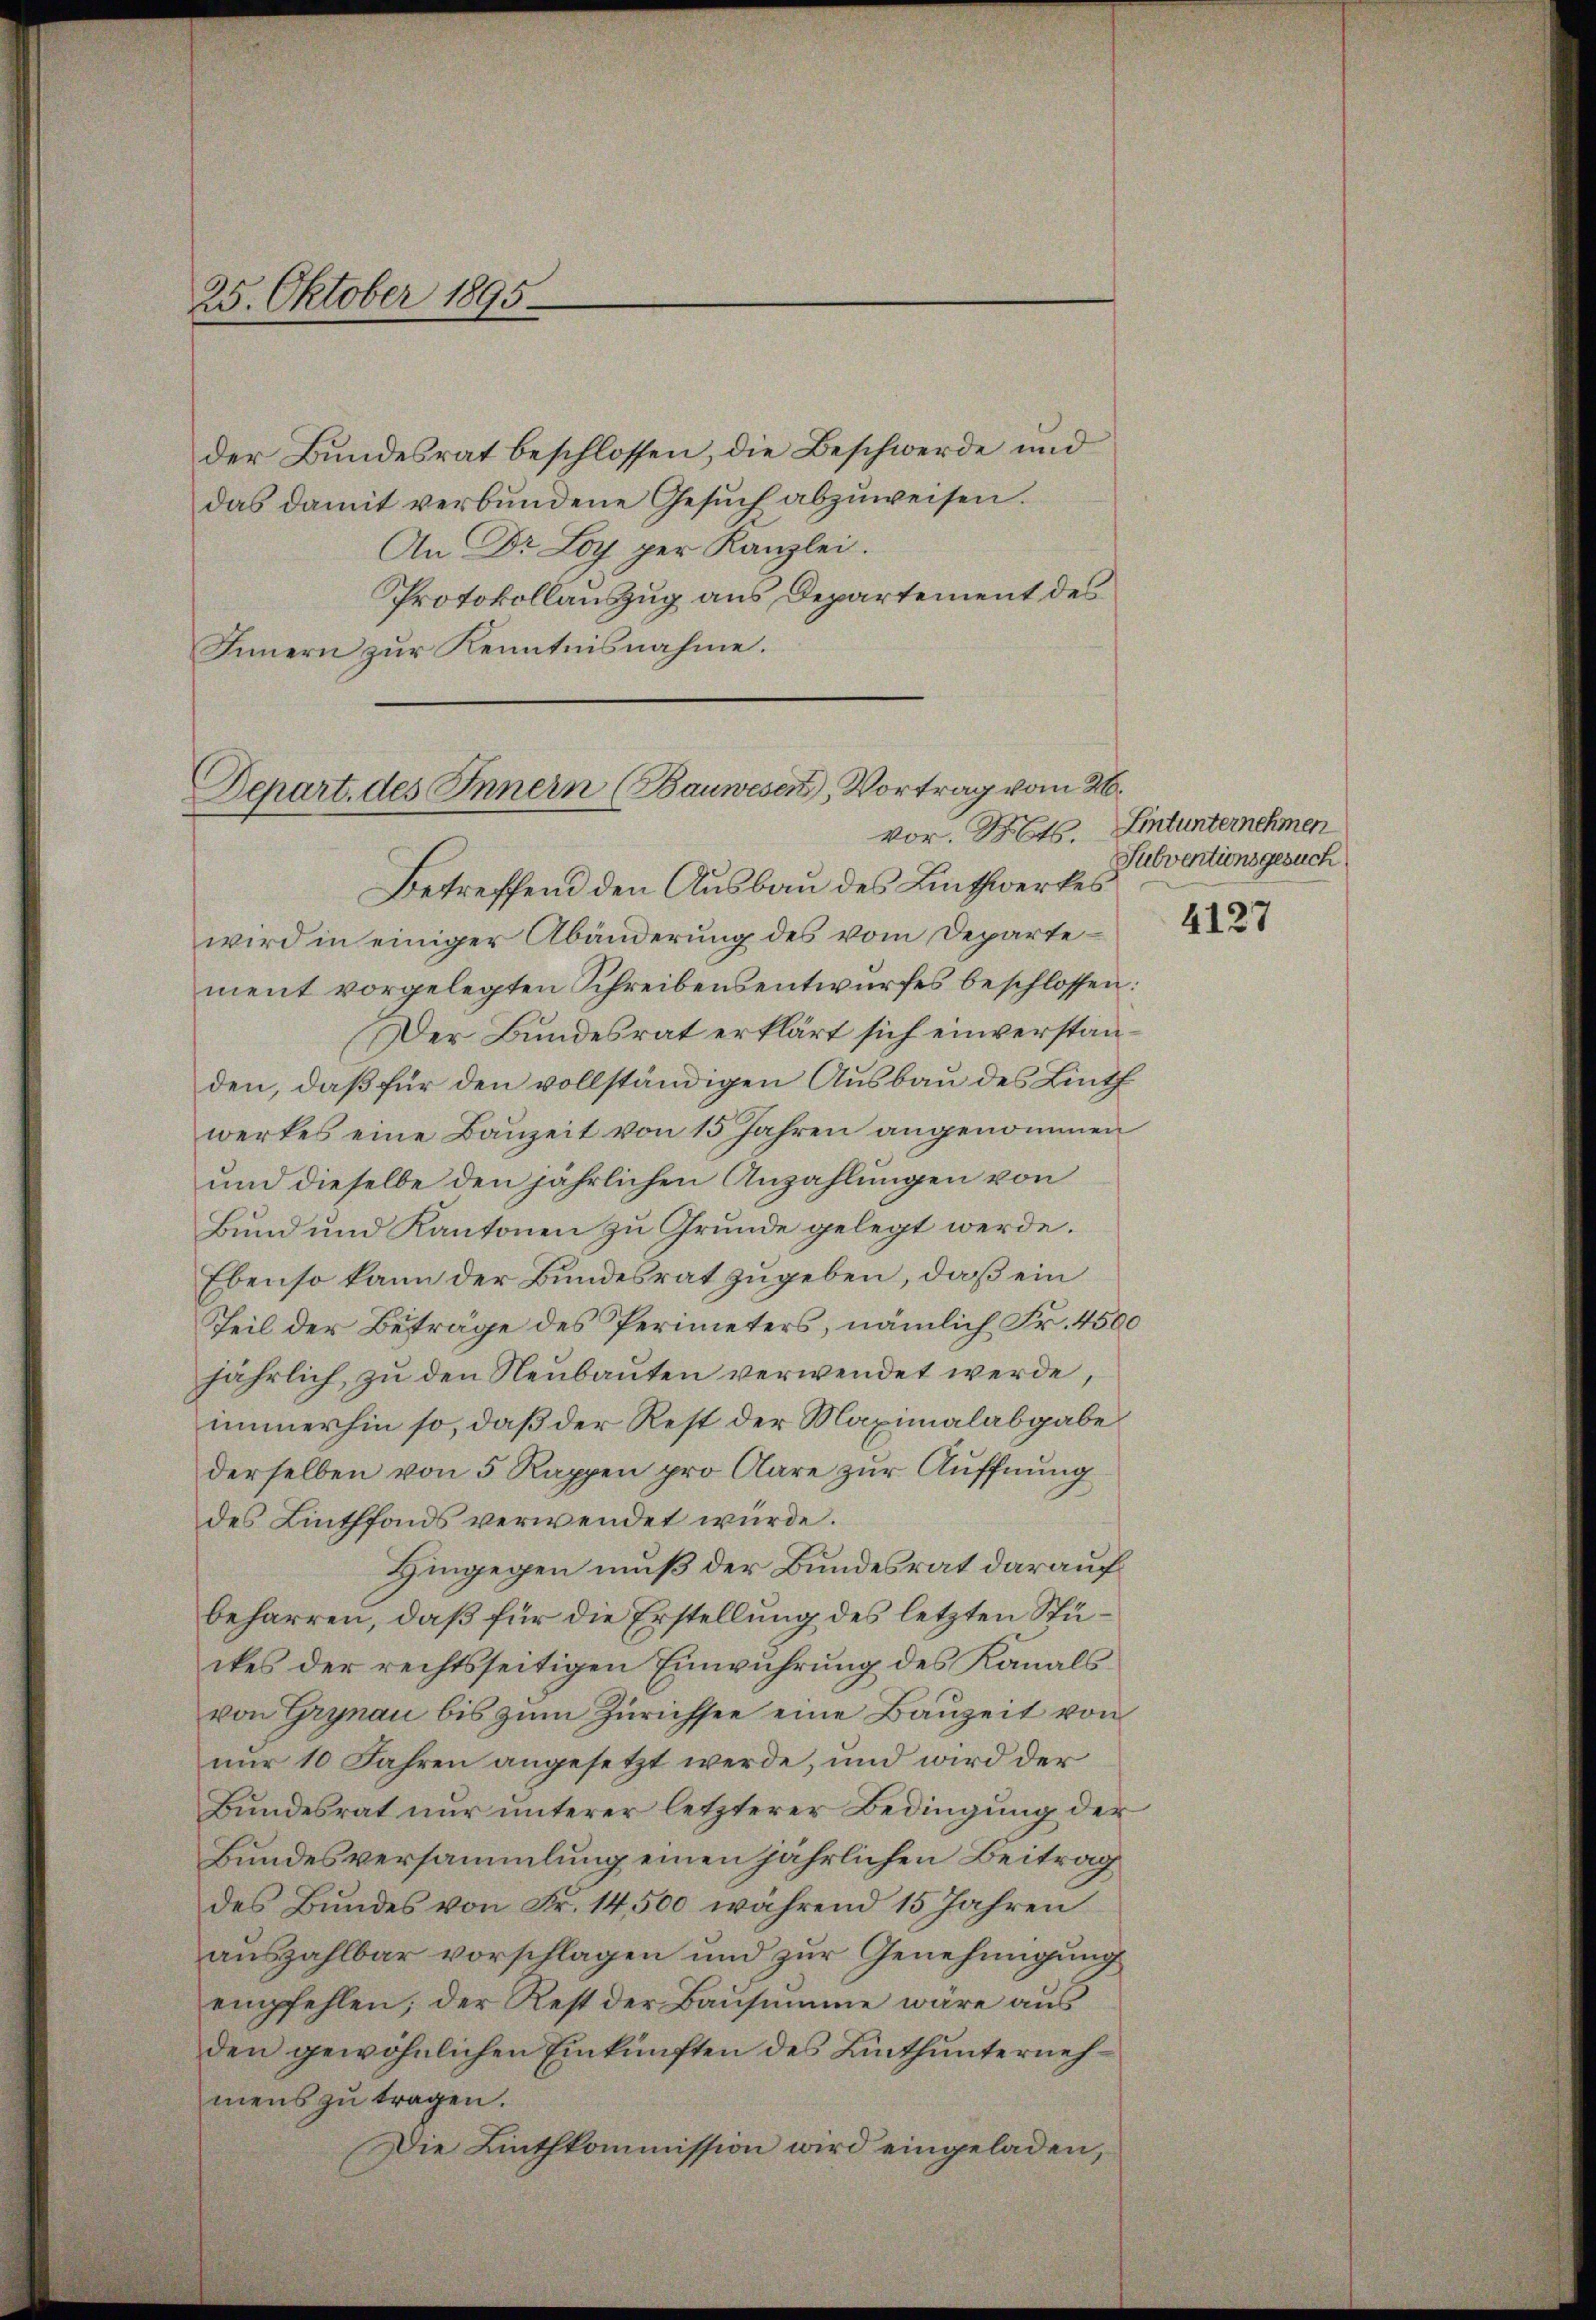
25. Oktober 1895.

der Bundesrat beschlossen, die Beschwerde und
das damit verbundene Gesŭch abzŭweisen.
An Dr Loy per Kanzlei.
Protokollauszug aus Departement des
Innern zur Kenntnisnahme.

Depart. des Innern (Bauwesen, Vortrag vom 26.

Betreffend den Ausbau des Linthwerkes
wird in einiger Abänderung des vom Departement vorgelegten Schreibensentwurfes beschlossen:
Der Bundesrat erklärt sich einverstanden, daß für den vollständigen Ausbau des Linth
werkes eine Bauzeit von 15 Jahren angenommen
und dieselbe den jährlichen Anzahlungen von
Bund und Kantonen zu Grunde gelegt werde.
Ebenso kann der Bundesrat zugeben, daß ein
Teil der Betrage des Perimeters, nämlich Fr. 4500
jährlich, zu den Neubauten verwendet werde
immerhin so, daß der Rest der Maximalabgabe
derselben von 5 Rappen pro Aare zur Auffnung
des Linthfonds verwendet würde.
Hingegen muß der Bundesrat darauf
beharren, daß für die Erstellung des letzten Stuckes der rechtsseitigen Einwuhrung des Kanals
von Grynau bis zŭm Zürichsee eine Bauzeit von
nur 10 Jahren angesetzt werde, und wird der
Bundesrat nur unterer letzterer Bedingung der
Bundesversammlung einen jährlichen Beitrag
des Bundes von Fr. 14,500 während 15 Jahren
auszahlbar vorschlagen und zur Genehmigung
empfehlen; der Rest der Baŭsimme wäre aŭs
den gewöhnlichen Einkünften des Linthunternehmens zu tragen.
Die Linthkommission wird eingeladen,

vor. Mts. Lintunternehmen
Subventionsgesuch

4127